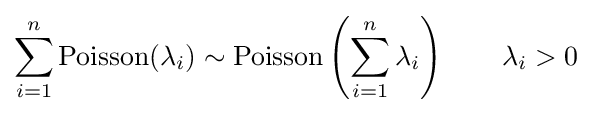
\sum _{i=1}^{n}\mathrm {Poisson} (\lambda _{i})\sim \mathrm {Poisson} \left(\sum _{i=1}^{n}\lambda _{i}\right)\qquad \lambda _{i}>0